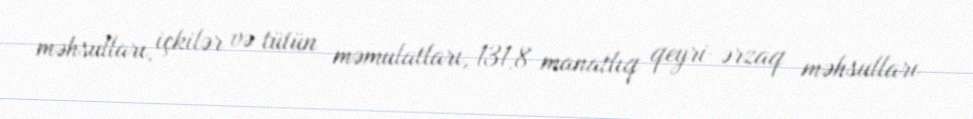
məhsulları, içkilər və tütün məmulatları, 131,8 manatlıq qeyri-ərzaq məhsulları